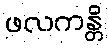
ဖလကန္တိ